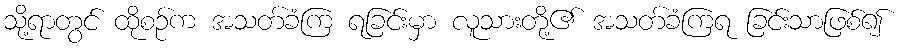
သို့ရာတွင် ထိုစဉ်က အသတ်ခံကြ ရခြင်းမှာ လူသားတို့၏ အသတ်ခံကြရ ခြင်းသာဖြစ်၍